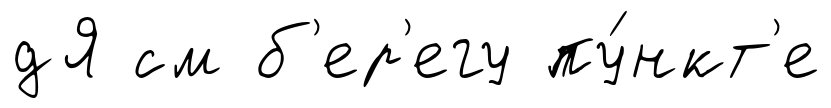
дЯ см б'ер'егу пу́нкт'е